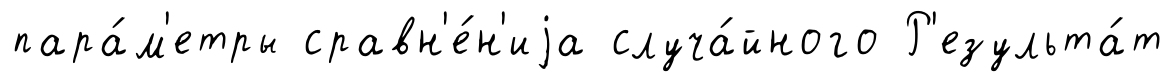
пара́м'етры сравн'е́н'иjа случа́йного Р'езульта́т